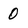
Character: 0